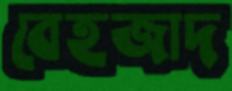
বেহজাদ